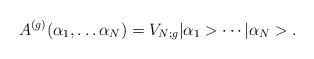
LaTeX: \begin{align*}A^{(g)}(\alpha _1,\ldots \alpha_N)=V_{N;g}|\alpha_1> \cdots|\alpha_N> . \end{align*}